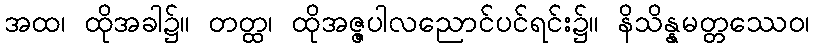
အထ၊ ထိုအခါ၌။ တတ္ထ၊ ထိုအဇ္ဇပါလညောင်ပင်ရင်း၌။ နိသိန္နမတ္တဿေဝ၊